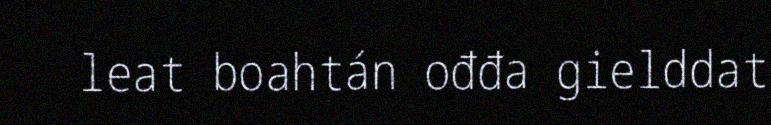
leat boahtán ođđa gielddat